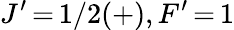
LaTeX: J^{\prime}\, {=}\, 1/2(+),F^{\prime}\, {=}\, 1